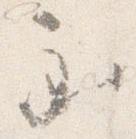
至